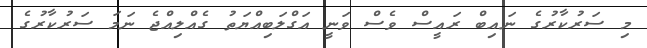
މި ސަރުކާރުގެ ނައިބް ރައީސް ވެސް ވަނީ އަގްލަބިއްޔަތު ގެއްލިއްޖެ ނަމަ ސަރުކާރުގެ